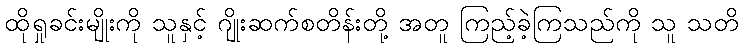
ထိုရှုခင်းမျိုးကို သူနှင့် ဂျိုးဆက်စတိန်းတို့ အတူ ကြည့်ခဲ့ကြသည်ကို သူ သတိ